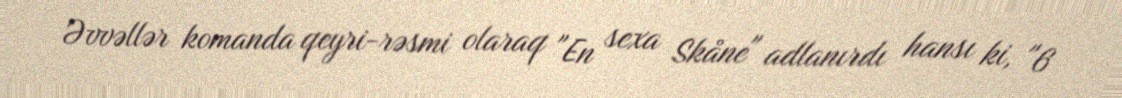
Əvvəllər komanda qeyri-rəsmi olaraq "En sexa Skåne" adlanırdı hansı ki, "6